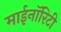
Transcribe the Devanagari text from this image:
माईनॉरिटी